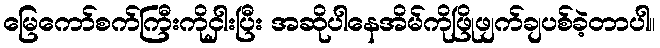
မြေကော်စက်ကြီးကိုငှါးပြီး အဆိုပါနေအိမ်ကိုဖြိုဖျက်ချပစ်ခဲ့တာပါ။